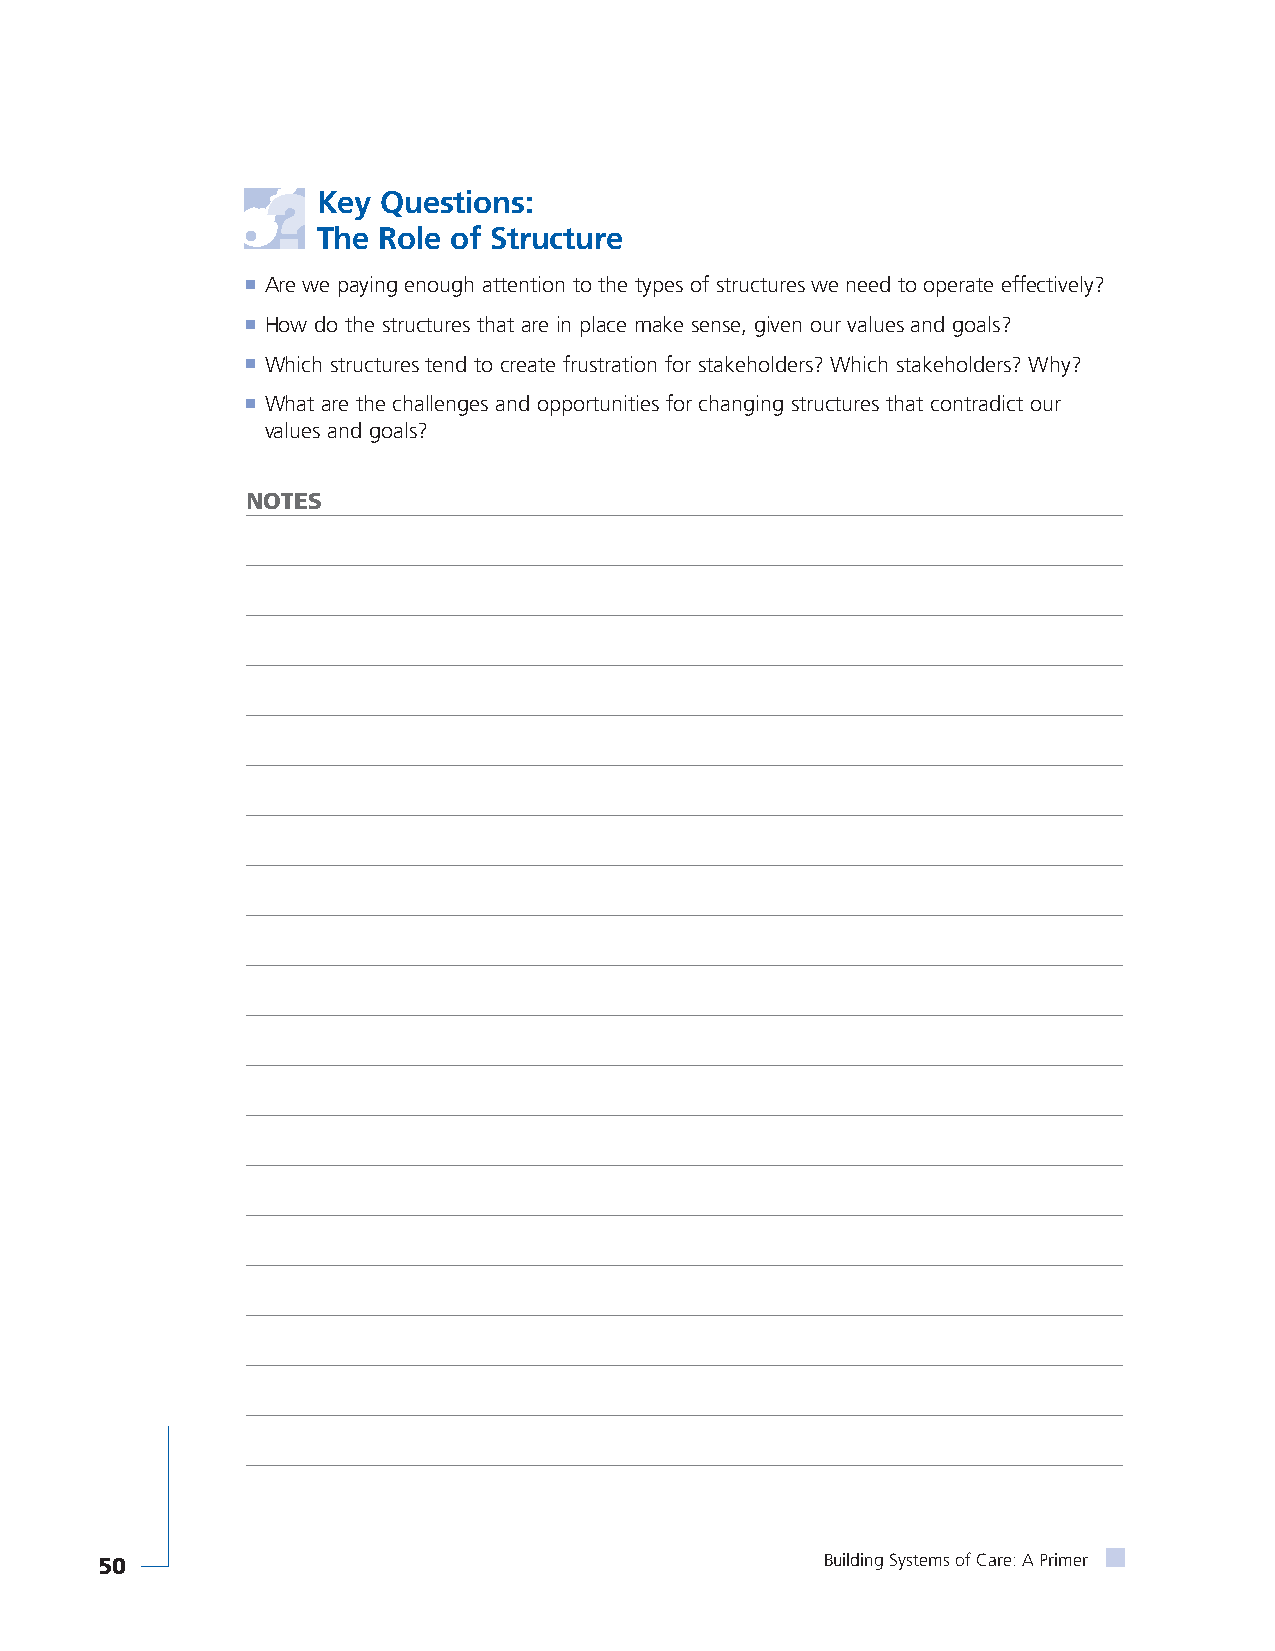
Key Questions:
 The Role of Structure
 ■ Are we paying enough attention to the types of structures we need to operate effectively?
 ■ How do the structures that are in place make sense, given our values and goals?
 ■ Which structures tend to create frustration for stakeholders? Which stakeholders? Why?
 ■ What are the challenges and opportunities for changing structures that contradict our
 values and goals?
 NOTES
 50                                               Building Systems of Care: A Primer